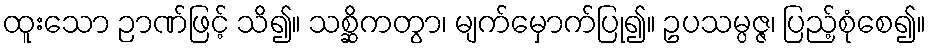
ထူးသော ဉာဏ်ဖြင့် သိ၍။ သစ္ဆိကတွာ၊ မျက်မှောက်ပြု၍။ ဥပသမ္ပဇ္ဇ၊ ပြည့်စုံစေ၍။